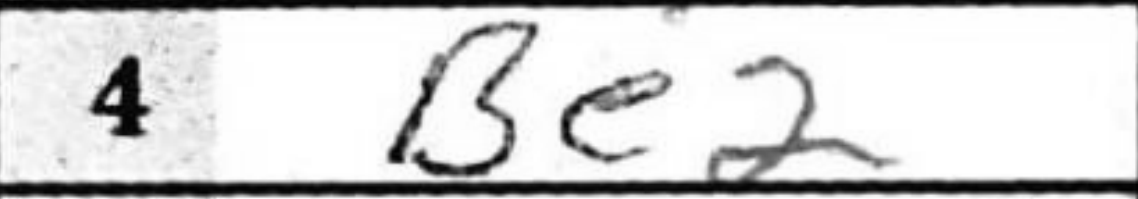
Transcription: Be2